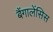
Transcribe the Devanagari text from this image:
बैंगालेंसिस